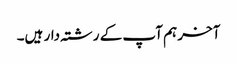
آخر ہم آپ کے رشتہ دار ہیں۔